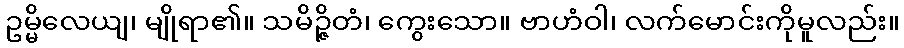
ဥမ္မိလေယျ၊ မျိုရာ၏။ သမိဉ္ဇိတံ၊ ကွေးသော။ ဗာဟံဝါ၊ လက်မောင်းကိုမူလည်း။